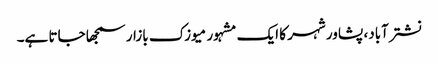
نشترآباد، پشاور شہر کا ایک مشہور میوزک بازار سمجھا جاتا ہے۔